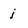
Character: j